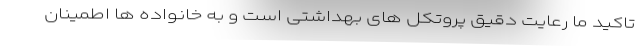
تاکید ما رعایت دقیق پروتکل های بهداشتی است و به خانواده ها اطمینان